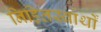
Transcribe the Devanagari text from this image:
निहितस्वार्थों